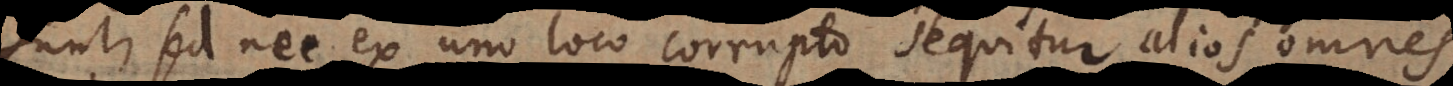
sunt, sed nec ex uno loco corrupto sequitur alios omnes